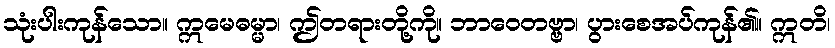
သုံးပါးကုန်သော။ ဣမေဓမ္မာ၊ ဤတရားတို့ကို။ ဘာဝေတဗ္ဗာ၊ ပွားစေအပ်ကုန်၏။ ဣတိ၊